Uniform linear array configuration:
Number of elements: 24
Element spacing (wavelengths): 0.5
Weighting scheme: exponential
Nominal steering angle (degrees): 45
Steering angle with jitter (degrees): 45.26
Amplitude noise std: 0.05
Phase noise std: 0.05

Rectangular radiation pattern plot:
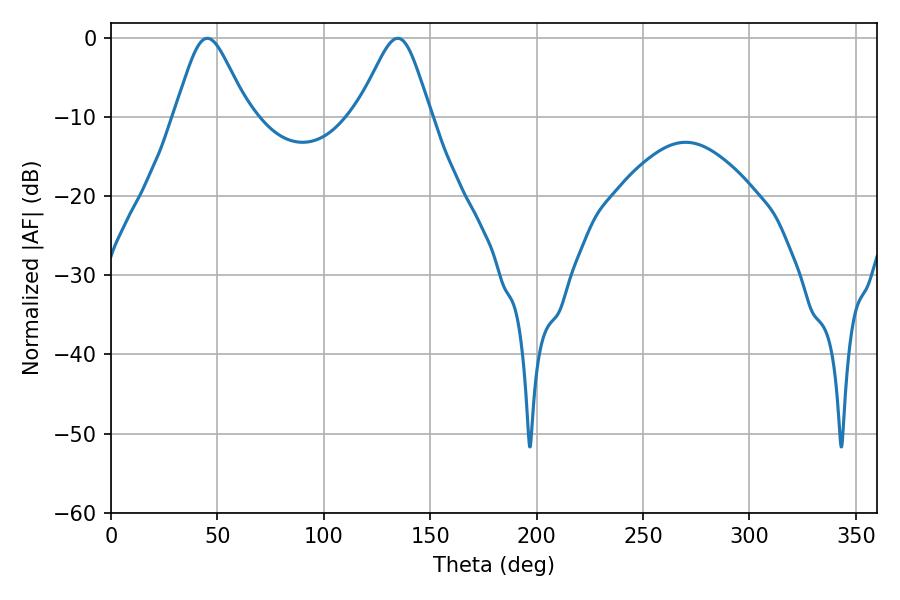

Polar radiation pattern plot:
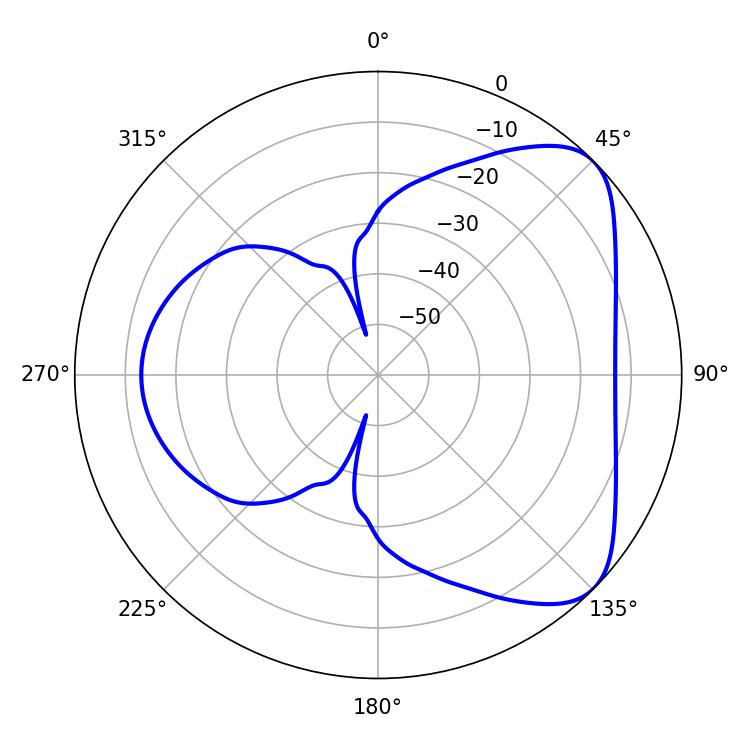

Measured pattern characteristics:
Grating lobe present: FALSE
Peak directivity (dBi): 5.974
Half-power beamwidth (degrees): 16.92
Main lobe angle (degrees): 45.18